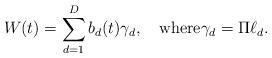
LaTeX: \begin{align*}W(t)=\sum_{d=1}^D b_d(t)\gamma_d,\quad\hbox{where}\gamma_d=\Pi\ell_d.\end{align*}